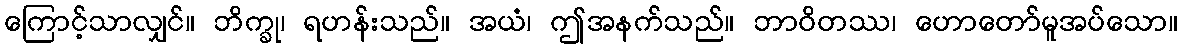
ကြောင့်သာလျှင်။ ဘိက္ခု၊ ရဟန်းသည်။ အယံ၊ ဤအနက်သည်။ ဘာဝိတဿ၊ ဟောတော်မူအပ်သော။